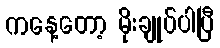
ကနေ့တော့ မိုးချုပ်ပါပြီ